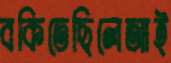
বকিতেছিলেআই